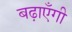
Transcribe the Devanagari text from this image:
बढ़ाएँगी